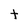
Character: t